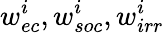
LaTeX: w_{ec}^{i},w_{soc}^{i},w_{irr}^{i}